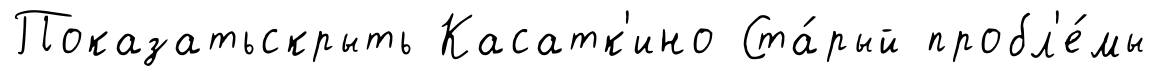
Показатьскрыть Касатк'ино Ста́рый пробл'е́мы